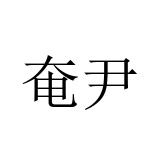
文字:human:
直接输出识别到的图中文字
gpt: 奄尹